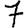
Digit: 7